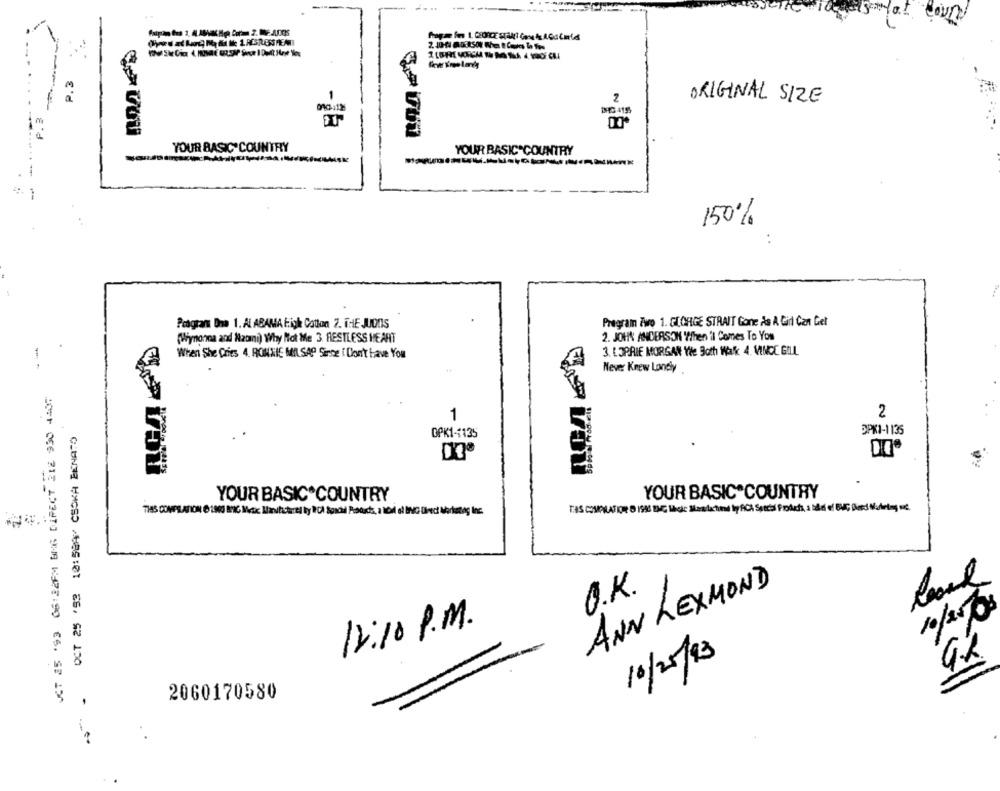
-- ---
Nat
2
ORIGINAL SIZE
P.3
YOUR BASIC COUNTRY
YOUR BASIC COUNTRY
150%
Program Dna 1. ALABAMA Figh Cotton 7. THE JUONS
Program Two 1. GEORGE STRAIT Gone As A Girl Can Get
(Wynonna and Naomi) Why Not Me 3 RESTLESS HEART
2. JOHN ANDERSON When it Comes To You
When She Cries 4. RONNIE MILSAP Since i Don't have You
3. LOPRIE MORGAN Yle Both Wak 4. VINCE GILL
Never Knew Londy
2
1
OCT 25 '92 10:58AM CSOKA BÉNATO
GAK1-4135
SPK1-1136
YOUR BASIC COUNTRY
YOUR BASIC COUNTRY
THIS CHIPLATION @ 1996 UNG likole Stonlactone by ACK Special Products, . bild of BMG Goed Maketing v.
ANN LEXMOND
O.K.
10/250
12:10 P.M.
10/25/13
2060170580